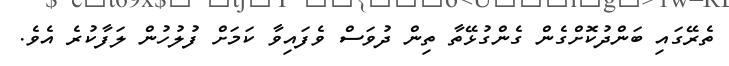
ތެރޭގައި ބަންދުކޮށްގެން ގެންގުޅޭތާ ތިން ދުވަސް ވެެފައިވާ ކަމަށް ފުލުހުން ލަފާކުރެ އެވެ.